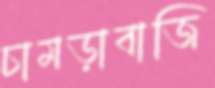
চামড়াবাজি